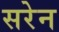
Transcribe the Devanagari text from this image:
सरेन